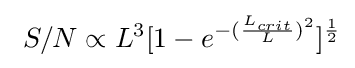
{\text{ }}S/N\propto L^{3}[1-e^{-({\frac {L_{crit}}{L}})^{2}}]^{\frac {1}{2}}